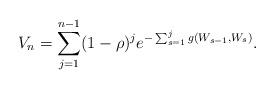
LaTeX: \begin{align*}V_{n} = \sum_{j=1}^{n-1} (1-\rho)^{j} e^{-\sum_{s=1}^j g(W_{s-1},W_{s})}.\end{align*}